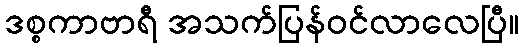
ဒစ္စကာဗာရီ အသက်ပြန်ဝင်လာလေပြီ။